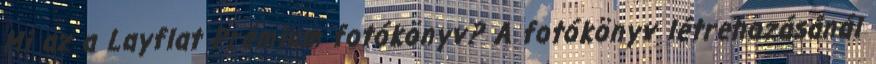
Mi az a Layflat Prémium fotókönyv? A fotókönyv létrehozásánál